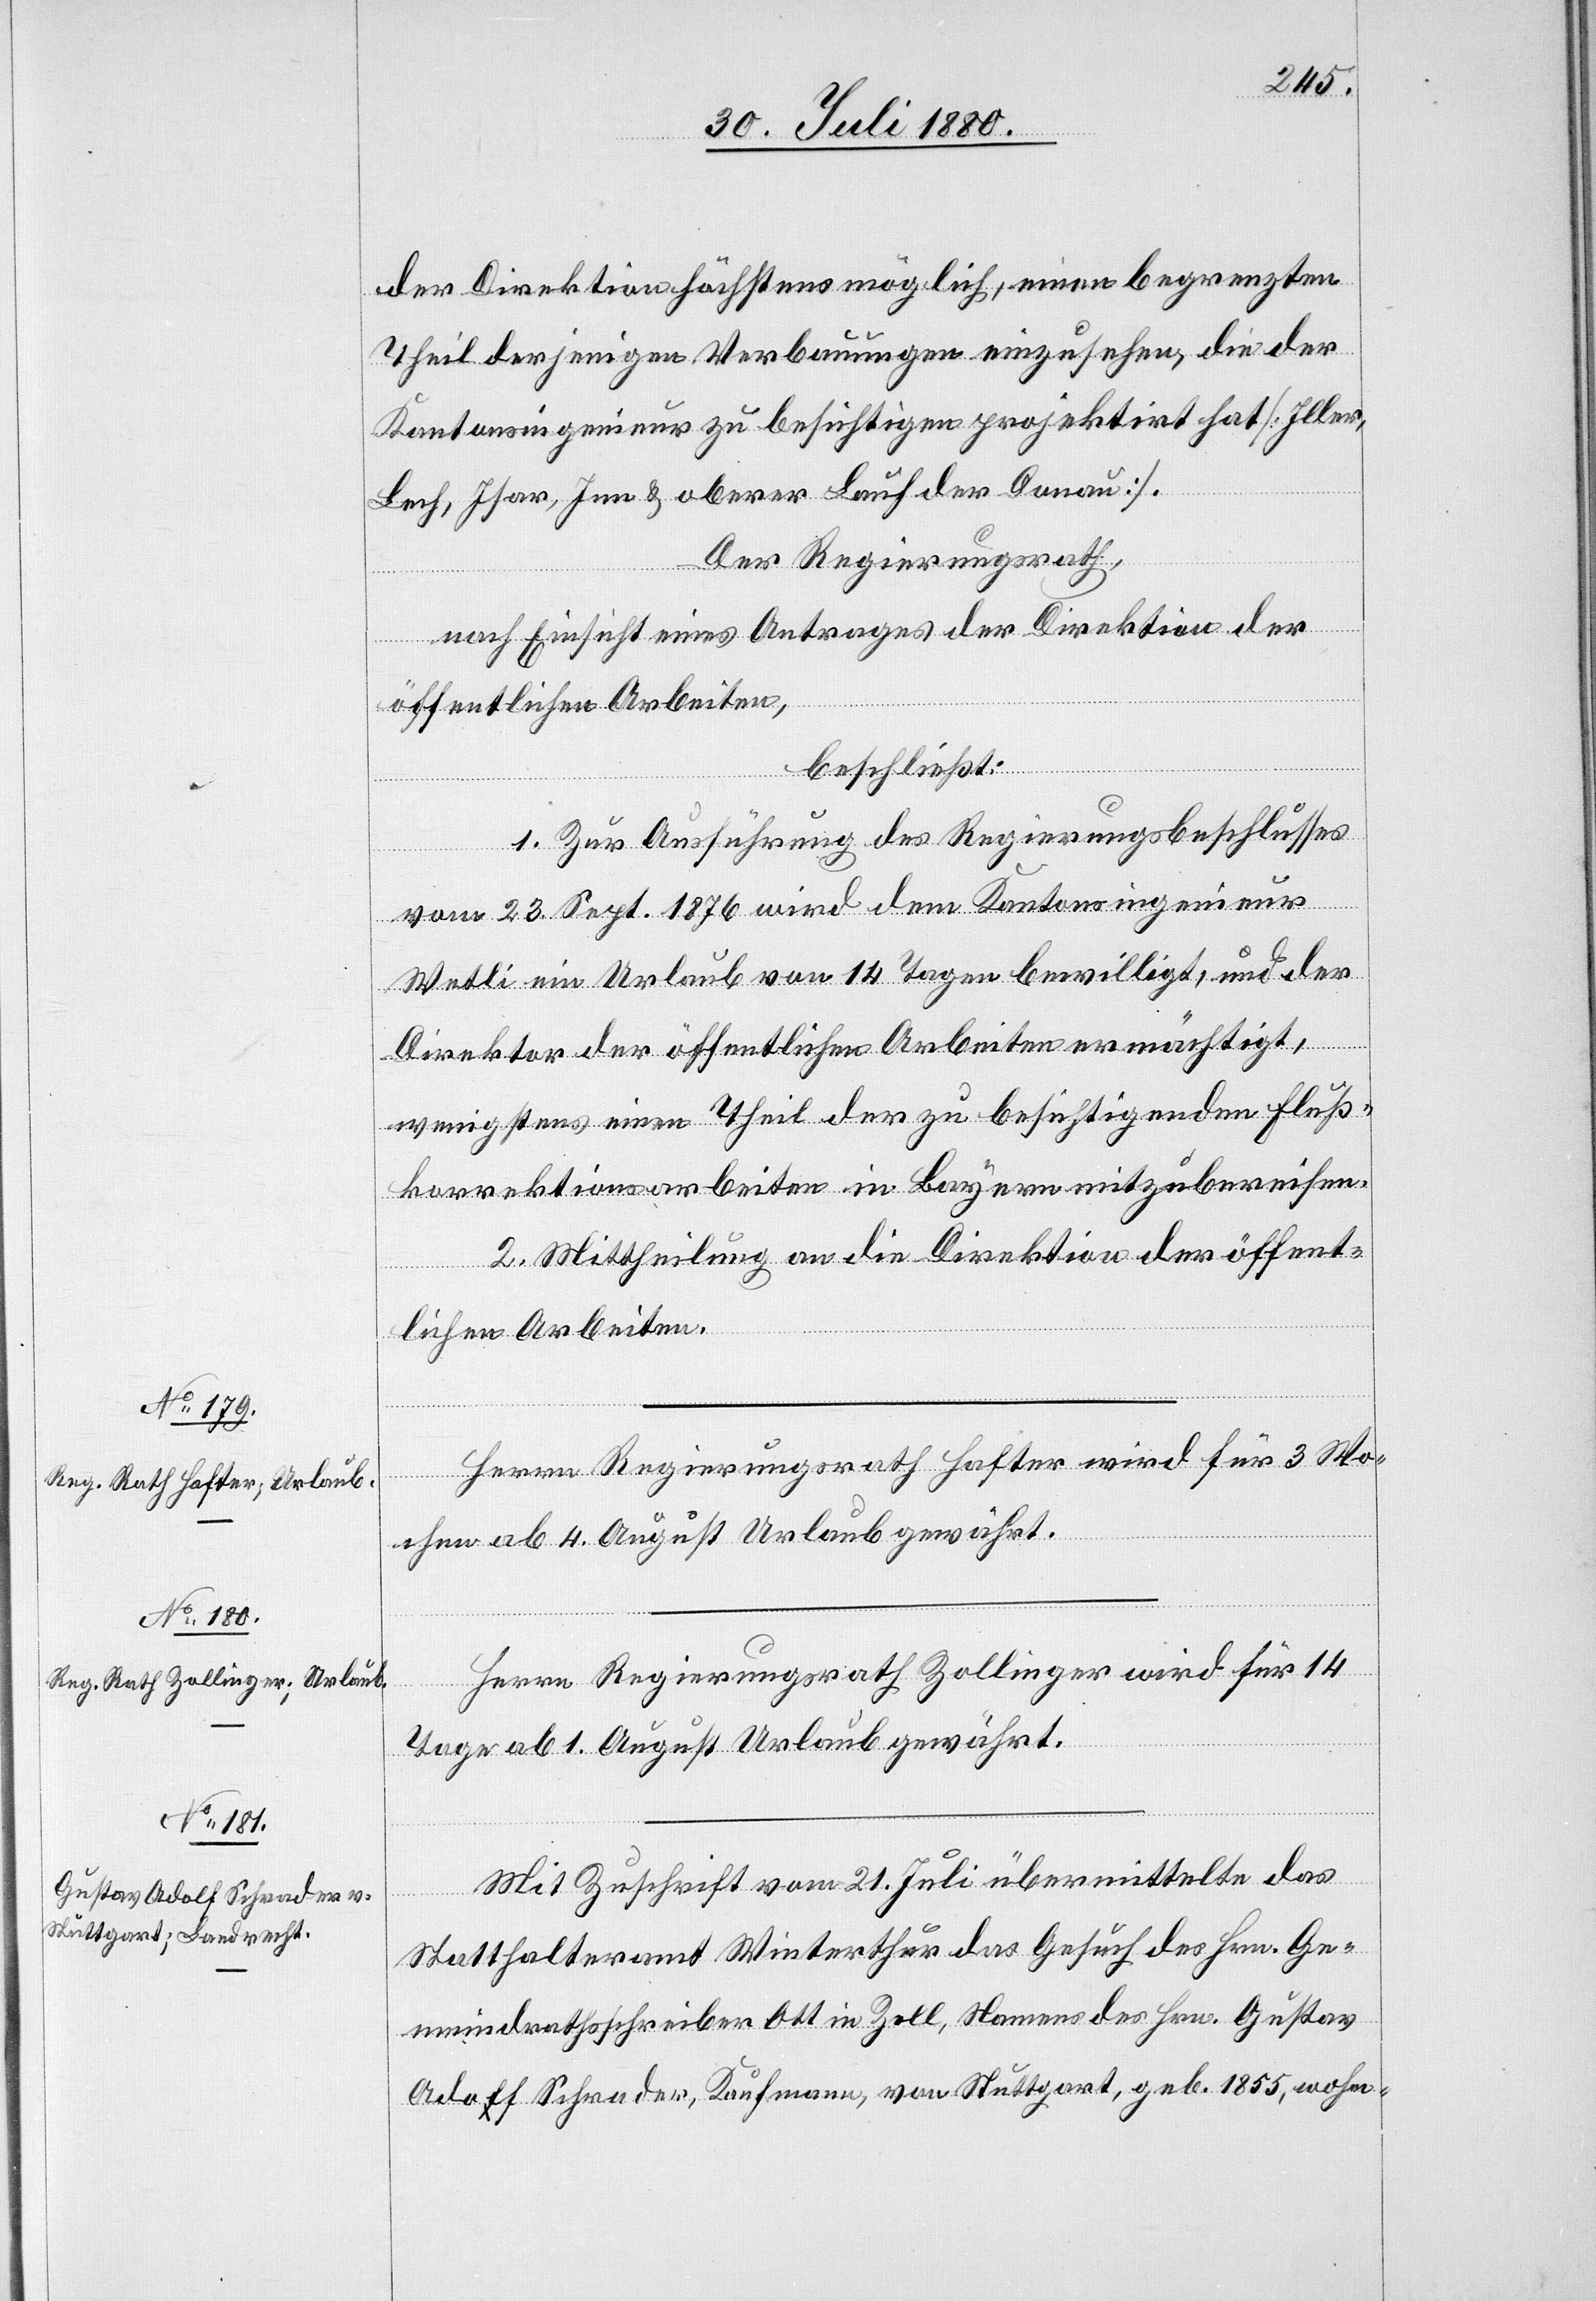
der Direktion höchstens möglich, einen begrenzten
Theil derjenigen Verbauungen einzusehen, die der
Kantonsingenieur zu besichtigen projektirt hat [Iller,
Lech, Isar, Inn & oberer Lauf der Donau].
Der Regierungsrath,
nach Einsicht eines Antrages der Direktion der
öffentlichen Arbeiten,
beschließt:
1. Zur Ausführung des Regierungsbeschlußes
vom 23. Sept. 1876 wird dem Kantonsingenieur
Wetli ein Urlaub von 14 Tagen bewilligt, und der
Direktor der öffentlichen Arbeiten ermächtigt,
wenigstens einen Theil der zu besichtigenden Fluß¬
korrektionsarbeiten in Bayern mitzubereisen.
2. Mittheilung an die Direktion der öffent¬
lichen Arbeiten.
Herrn Regierungsrath Hafter wird für 3 Wo¬
chen ab 4. August Urlaub gewährt.
Herrn Regierungsrath Zollinger wird für 14
Tage ab 1. August Urlaub gewährt.
Mit Zuschrift vom 21. Juli übermittelte das
Statthalteramt Winterthur das Gesuch des Hrn. Ge¬
meindrathsschreiber Ott in Zell, Namens des Hrn. Gustav
Adolf Schwader, Kaufmann, von Stuttgart, geb. 1855, wohn-